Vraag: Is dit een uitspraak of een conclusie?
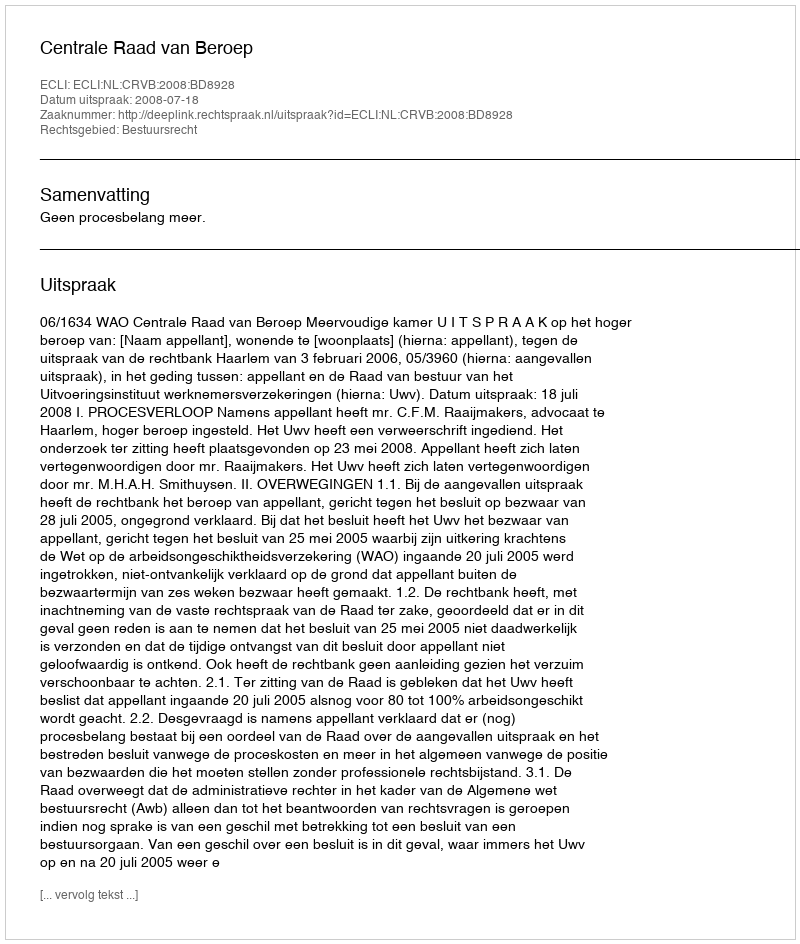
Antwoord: Uitspraak